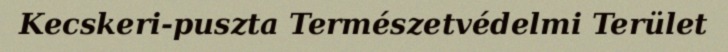
Kecskeri-puszta Természetvédelmi Terület